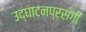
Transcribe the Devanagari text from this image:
उद्घाटनप्रसंगी